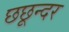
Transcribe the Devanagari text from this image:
छछून्दर